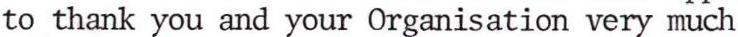
to thank you and your Organisation very much